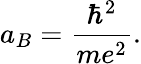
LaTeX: a_{B}=\frac{\hbar^{2}}{me^{2}}.